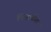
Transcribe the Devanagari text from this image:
चिंन्हातील